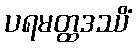
ပရမတ္ထဒဿိံ